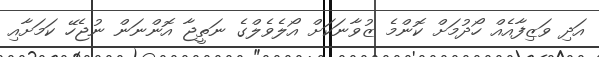
އަދި ވަޒިފާއެއް ހޯދުމަށް ކޮންމެ ޒުވާނަކަށް އޯލެވެލްގެ ނަތީޖާ އޮންނަން ނުޖެހޭ ކަމަށާއި